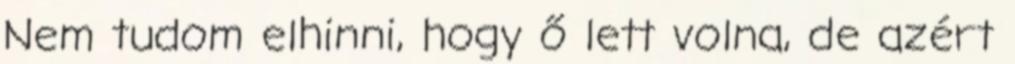
Nem tudom elhinni, hogy ő lett volna, de azért